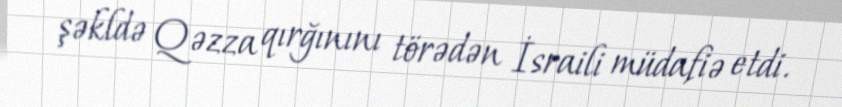
şəkldə Qəzza qırğınını törədən İsraili müdafiə etdi.